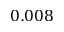
0 . 0 0 8